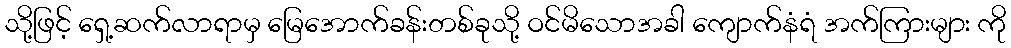
သို့ဖြင့် ရှေ့ဆက်လာရာမှ မြေအောက်ခန်းတစ်ခုသို့ ဝင်မိသောအခါ ကျောက်နံရံ အက်ကြားများ ကို